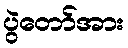
ပွဲတော်အား